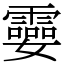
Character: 孁